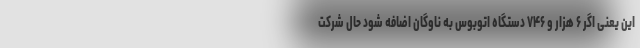
این یعنی اگر ۶ هزار و ۷۴۶ دستگاه اتوبوس به ناوگان اضافه شود حال شرکت